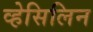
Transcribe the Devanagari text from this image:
व्हेसिलिन